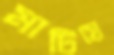
মাটিয়ে